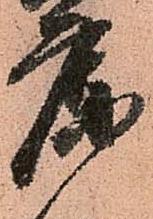
庫